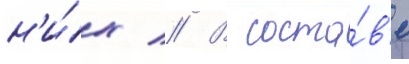
н'и́х // В соста́в'е